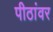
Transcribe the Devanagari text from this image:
पीठांवर